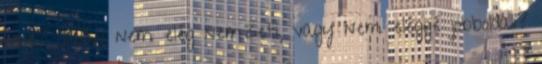
vele? Talán nem elég nemzeti, vagy nem eléggé jobbol­da­li?